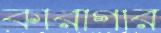
কারাগার